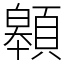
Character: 䫧